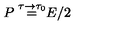
\frac { P \buildrel { \tau \to \tau _ { 0 } } } { = E / 2 }